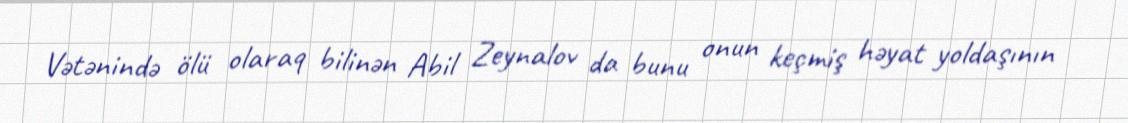
Vətənində ölü olaraq bilinən Abil Zeynalov da bunu onun keçmiş həyat yoldaşının